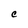
Character: C